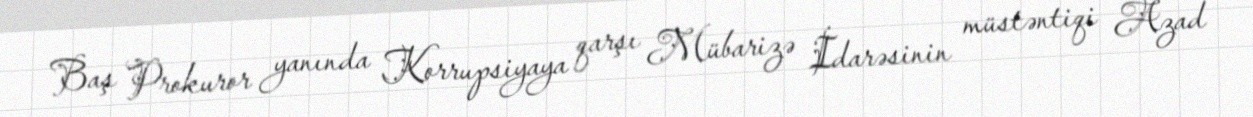
Baş Prokuror yanında Korrupsiyaya qarşı Mübarizə İdarəsinin müstəntiqi Azad